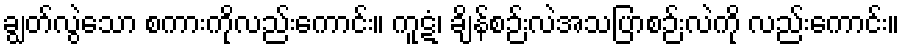
ချွတ်လွဲသော စကားကိုလည်းကောင်း။ ကူဋံ၊ ချိန်စဉ်းလဲအသပြာစဉ်းလဲကို လည်းကောင်း။